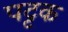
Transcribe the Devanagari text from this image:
पट्टक